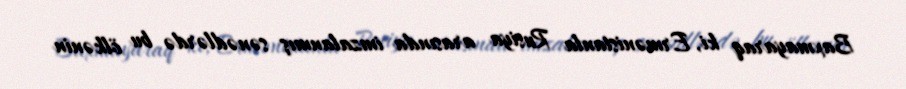
Baxmayaraq ki, Ermənistanla Rusiya arasında imzalanmış sənədlərdə bu ölkənin